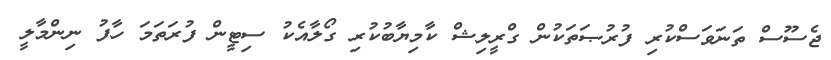
ޖެސޫސް ތަނަވަސްކުރި ފުރުޞަތަކުން ގްރީލިޝް ކާމިޔާބުކުރި ގޯލާއެކު ސިޓީން ފުރަތަމަ ހާފު ނިންމާލީ